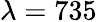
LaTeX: \lambda=735